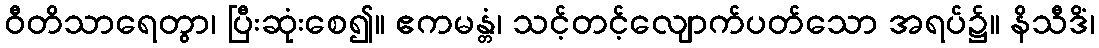
ဝီတိသာရေတွာ၊ ပြီးဆုံးစေ၍။ ဧကမန္တံ၊ သင့်တင့်လျောက်ပတ်သော အရပ်၌။ နိသီဒိံ၊